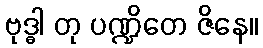
ဗုဒ္ဓါ တု ပဏ္ဍိတေ ဇိနေ။